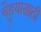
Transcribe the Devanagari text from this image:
चेहर्‍यासाठी